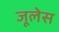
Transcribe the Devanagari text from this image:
जूलेस